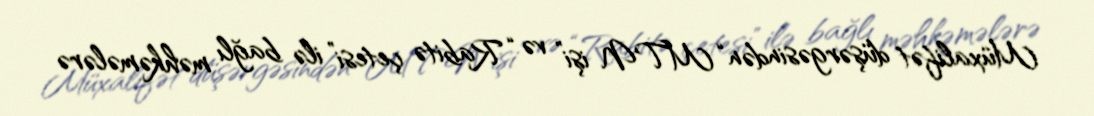
Müxalifət düşərgəsindən “MTN işi” və “Rabitə çetesi” ilə bağlı məhkəmələrə